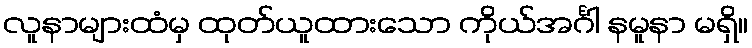
လူနာများထံမှ ထုတ်ယူထားသော ကိုယ်အင်္ဂါ နမူနာ မရှိ။